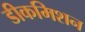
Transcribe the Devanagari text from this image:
डीकमिशन